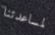
لمساعدتنا